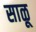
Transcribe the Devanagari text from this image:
साळू